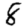
Digit: 8